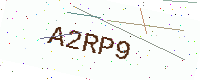
Text: A2RP9